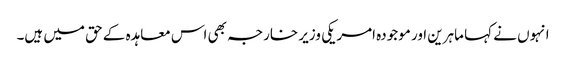
انہوں نے کہا ماہرین اور موجودہ امریکی وزیر خارجہ بھی اس معاہدہ کے حق میں ہیں۔